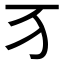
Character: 𬺷